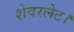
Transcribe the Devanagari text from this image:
शेवरलेट।